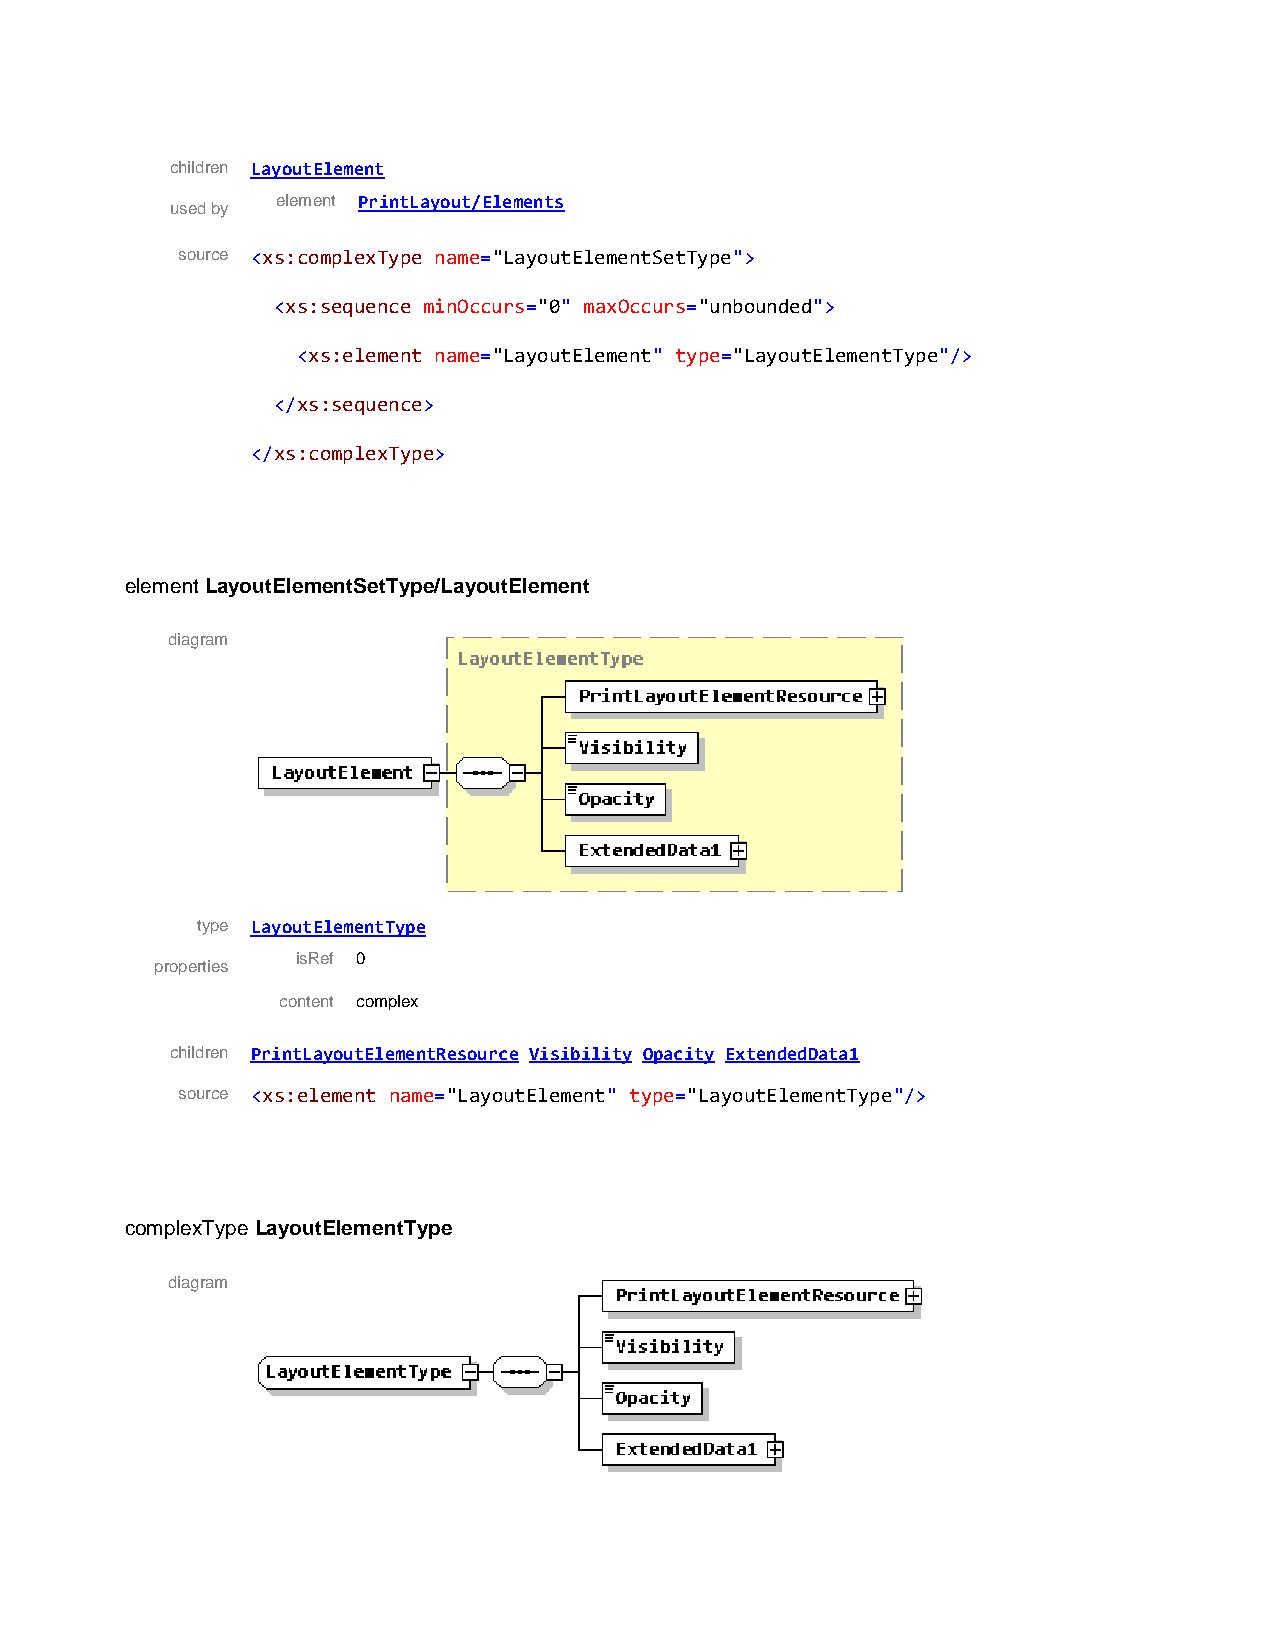
children LayoutElement
 element PrintLayout/Elements
 used by
 source <xs:complexType name="LayoutElementSetType">
 <xs:sequence minOccurs="0" maxOccurs="unbounded">
 <xs:element name="LayoutElement" type="LayoutElementType"/>
 </xs:sequence>
 </xs:complexType>
 element LayoutElementSetType/LayoutElement
 diagram
 type LayoutElementType
 isRef 0
 properties
 content complex
 children PrintLayoutElementResource Visibility Opacity ExtendedData1
 source <xs:element name="LayoutElement" type="LayoutElementType"/>
 complexType LayoutElementType
 diagram